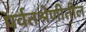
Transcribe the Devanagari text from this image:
पर्वतश्रेणीतील